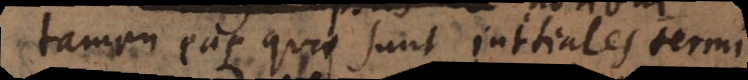
tamen eas quae sunt initiales termi